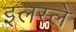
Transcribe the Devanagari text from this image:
इलस्ले